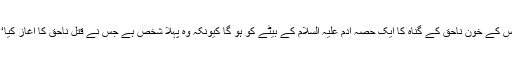
اس کے خون ناحق کے گناہ کا ایک حصہ آدم علیہ السلام کے بیٹے کو ہو گا کیونکہ وہ پہلا شخص ہے جس نے قتل ناحق کا آغاز کیا‘‘۔